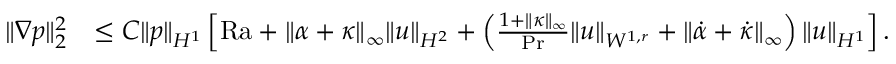
\begin{array} { r l } { \| \nabla p \| _ { 2 } ^ { 2 } } & { \leq C \| p \| _ { H ^ { 1 } } \left[ \mathrm { { R a } } + \| \alpha + \kappa \| _ { \infty } \| u \| _ { H ^ { 2 } } + \left( \frac { 1 + \| \kappa \| _ { \infty } } { \mathrm { P r } } \| u \| _ { W ^ { 1 , r } } + \| \dot { \alpha } + \dot { \kappa } \| _ { \infty } \right) \| u \| _ { H ^ { 1 } } \right] . } \end{array}